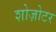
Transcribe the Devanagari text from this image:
शोज़ोटर